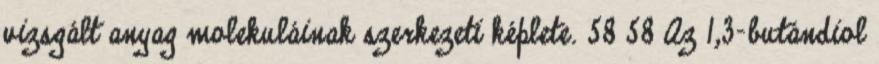
vizsgált anyag molekuláinak szerkezeti képlete. 58 58 Az 1,3-butándiol